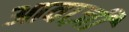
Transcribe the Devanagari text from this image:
आवाज़ी